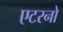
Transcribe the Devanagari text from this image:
एटरनो